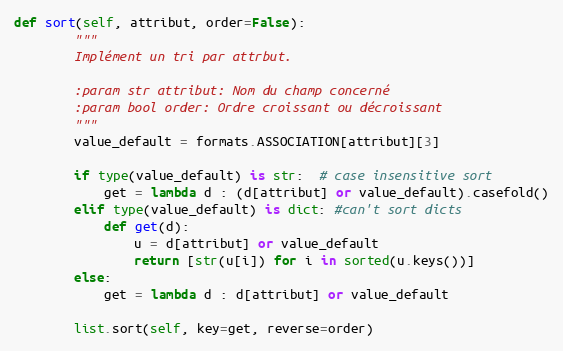
Language: Python
def sort(self, attribut, order=False):
        """
        Implément un tri par attrbut.

        :param str attribut: Nom du champ concerné
        :param bool order: Ordre croissant ou décroissant
        """
        value_default = formats.ASSOCIATION[attribut][3]

        if type(value_default) is str:  # case insensitive sort
            get = lambda d : (d[attribut] or value_default).casefold()
        elif type(value_default) is dict: #can't sort dicts
            def get(d):
                u = d[attribut] or value_default
                return [str(u[i]) for i in sorted(u.keys())]
        else:
            get = lambda d : d[attribut] or value_default

        list.sort(self, key=get, reverse=order)